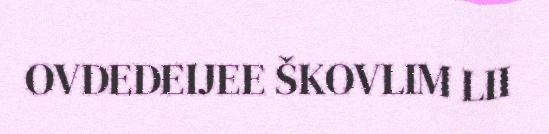
OVDEDEIJEE ŠKOVLIM LII